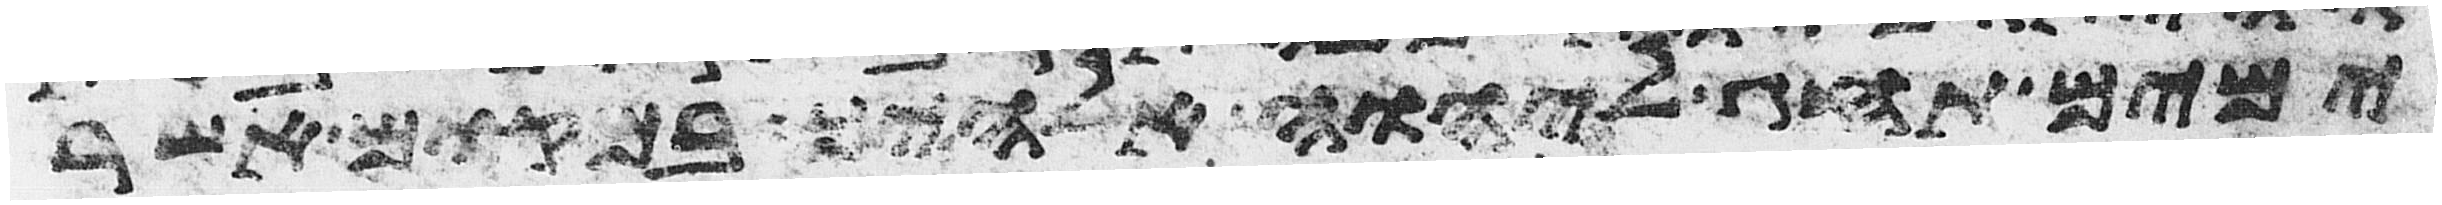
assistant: ימים תחג ליהוה אלהיך במקום אשר